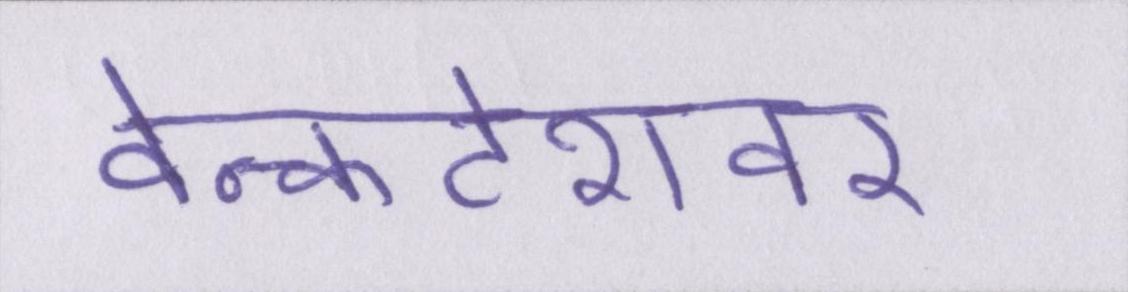
वेन्कटेशवर